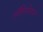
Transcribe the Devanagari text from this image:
लॅमिनेशन